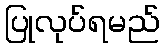
ပြုလုပ်ရမည်